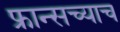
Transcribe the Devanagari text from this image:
फ्रान्सच्याच